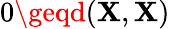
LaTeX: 0\geqd(\mathbf{X},\mathbf{X})